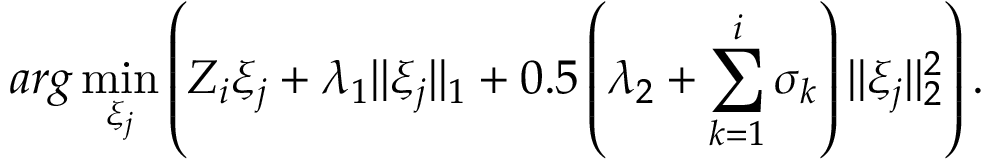
a r g \operatorname* { m i n } _ { \xi _ { j } } \left( Z _ { i } \xi _ { j } + \lambda _ { 1 } \| \xi _ { j } \| _ { 1 } + 0 . 5 \left( \lambda _ { 2 } + \sum _ { k = 1 } ^ { i } \sigma _ { k } \right) \| \xi _ { j } \| _ { 2 } ^ { 2 } \right) .